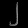
Digit: ၂